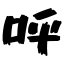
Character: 呼